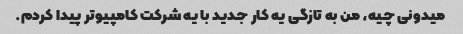
میدونی چیه، من به تازگی یه کار جدید با یه شرکت کامپیوتر پیدا کردم.